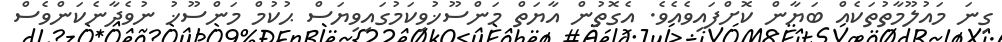
ގިނަ މައުލޫމާތުތަކެއް ބަޔާން ކޮށްފައިވެއެވެ. އެގޮތުން އާޔަތް މަންސޫޚުވިކަމުގައިވިޔަސް ޙުކުމް މަންސޫޚު ނުވެދާނެކަންވެސް